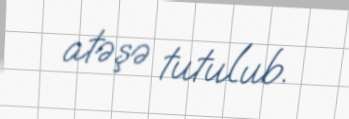
atəşə tutulub.